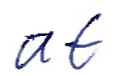
Text: at
Cross-out: clean
Writing tool: ballpoint